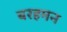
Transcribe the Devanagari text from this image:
बरहमन